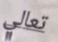
تعالي